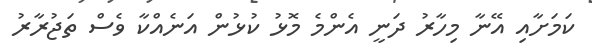
ކަމަށާއި އޭނާ މިހާރު ދަނީ އެންމެ މޮޅު ކުޅުން އަނެއްކާ ވެސް ތަޖުރާރު